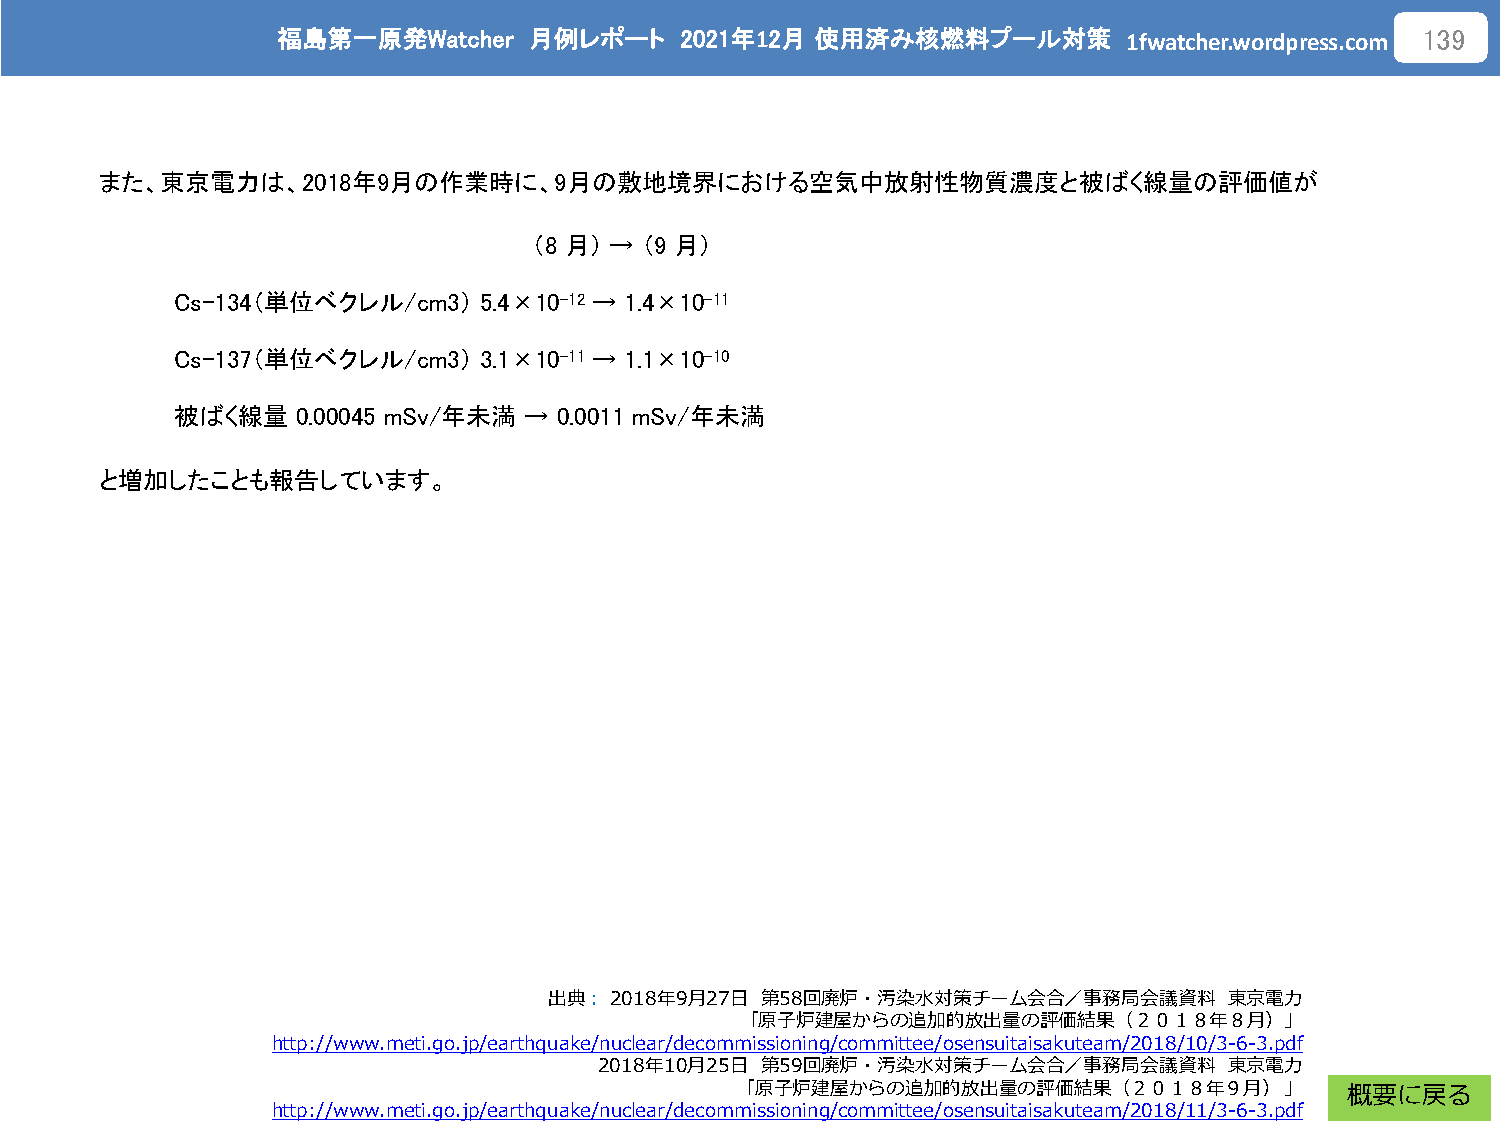
福島第一原発Watcher    月例レポート    2021年12月 使用済み核燃料プール対策
 1fwatcher.wordpress.com
 139
 また、東京電力は、2018年9月の作業時に、9月の敷地境界における空気中放射性物質濃度と被ばく線量の評価値が
 （8 月） → （9 月）
 Cs-134（単位ベクレル/cm3）   5.4×10-12 → 1.4×10-11
 Cs-137（単位ベクレル/cm3）   3.1×10-11 → 1.1×10-10
 被ばく線量    0.00045 mSv/年未満 → 0.0011 mSv/年未満
 と増加したことも報告しています。
 出典：2018年9月27日 第58回廃炉・汚染水対策チーム会合／事務局会議資料      東京電力
 「原子炉建屋からの追加的放出量の評価結果（２０１８年８月）」
 http://www.meti.go.jp/earthquake/nuclear/decommissioning/committee/osensuitaisakuteam/2018/10/3-6-3.pdf
 2018年10月25日 第59回廃炉・汚染水対策チーム会合／事務局会議資料    東京電力
 「原子炉建屋からの追加的放出量の評価結果（２０１８年９月）」
 概要に戻る
 http://www.meti.go.jp/earthquake/nuclear/decommissioning/committee/osensuitaisakuteam/2018/11/3-6-3.pdf